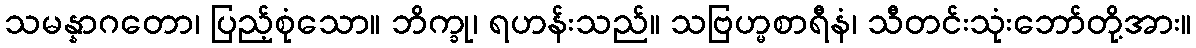
သမန္နာဂတော၊ ပြည့်စုံသော။ ဘိက္ခု၊ ရဟန်းသည်။ သဗြဟ္မစာရီနံ၊ သီတင်းသုံးဘော်တို့အား။